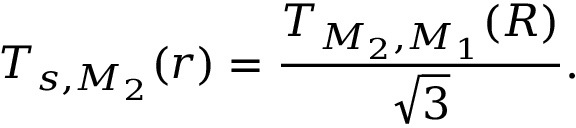
T _ { s , M _ { 2 } } ( r ) = { \frac { T _ { M _ { 2 } , M _ { 1 } } ( R ) } { \sqrt { 3 } } } .